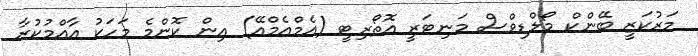
މަރުކަޒީ ބޭންކް މޯލްޑިވްސް މަނިޓަރީ އޮތޯރިޓީ (އެމްއެމްއޭ) އިން ކޮންމެ މަހަކު އާއްމުކުރާ